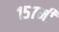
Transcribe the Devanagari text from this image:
१५७मी